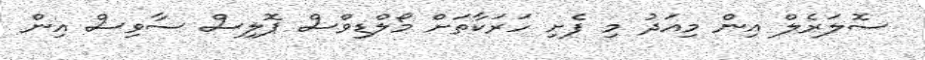
ސޮލަރެލް އިން މިއަދު މި ފެށި ހަރަކާތަށް މޯލްޑިވްސް ޕޮލިސް ސާވިސް އިން